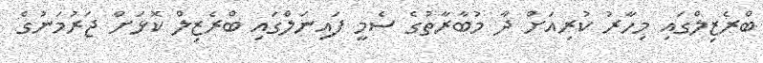
ބްރެޒިލްގައި މިހާރު ކުރިއަށް ދާ މުބާރާތުގެ ސެމީ ފައިނަލްގައި ބްރެޒިލް ކޮޅަށް ޖަރުމަނުގެ